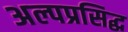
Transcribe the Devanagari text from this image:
अल्पप्रसिद्ध